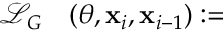
\begin{array} { r l } { \mathcal L _ { G } } & { { } ( \theta , \mathbf x _ { i } , \mathbf x _ { i - 1 } ) : = } \end{array}